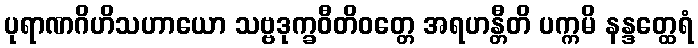
ပုရာဏဂိဟိသဟာယော သဗ္ဗဒုက္ခဝီတိဝတ္တေ အရဟန္တီတိ ပက္ကမိ နန္ဒတ္ထေရံ